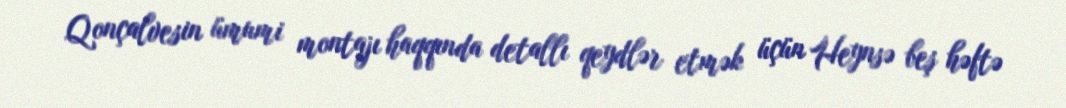
Qonçalvesin ümumi montajı haqqında detallı qeydlər etmək üçün Heynsə beş həftə